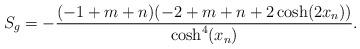
LaTeX: \begin{align*}S_g=-\frac{(-1+m+n)(-2+m+n+2\cosh(2x_n))}{\cosh^4(x_n)}.\end{align*}